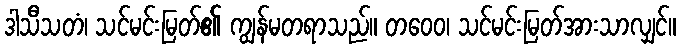
ဒါသီသတံ၊ သင်မင်းမြတ်၏ ကျွန်မတရာသည်။ တဝေဝ၊ သင်မင်းမြတ်အားသာလျှင်။